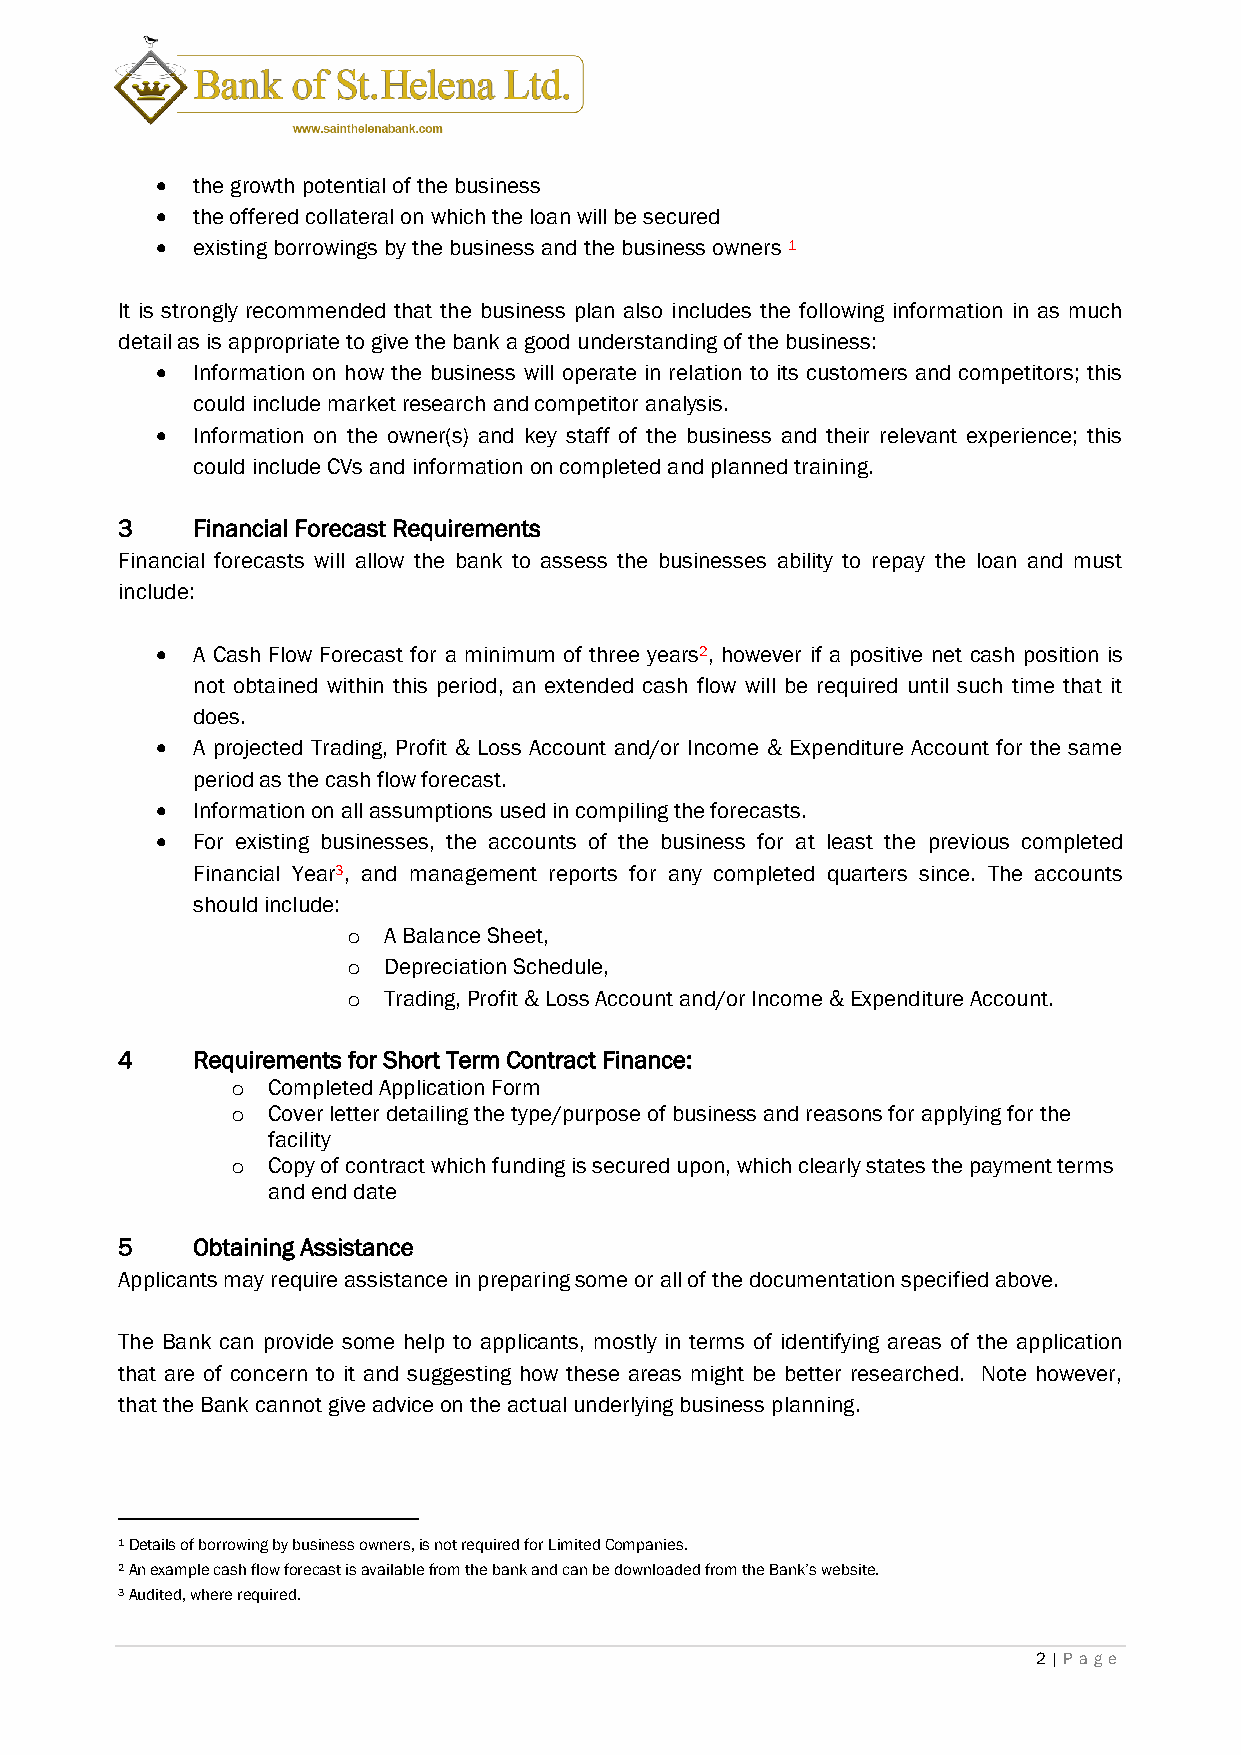
•  the growth potential of the business
 •  the offered collateral on which the loan will be secured
 •  existing borrowings by the business and the business owners 1
 It is strongly recommended that the business plan also includes the following information in as much
 detail as is appropriate to give the bank a good understanding of the business:
 •  Information on how the business will operate in relation to its customers and competitors; this
 could include market research and competitor analysis.
 •  Information on the owner(s) and key staff of the business and their relevant experience; this
 could include CVs and information on completed and planned training.
 3    Financial Forecast Requirements
 Financial forecasts will allow the bank to assess the businesses ability to repay the loan and must
 include:
 •  A Cash Flow Forecast for a minimum of three years2, however if a positive net cash position is
 not obtained within this period, an extended cash flow will be required until such time that it
 does.
 •  A projected Trading, Profit & Loss Account and/or Income & Expenditure Account for the same
 period as the cash flow forecast.
 •  Information on all assumptions used in compiling the forecasts.
 •  For existing businesses, the accounts of the business for at least the previous completed
 Financial Year3, and management reports for any completed quarters since. The accounts
 should include:
 o A Balance Sheet,
 o Depreciation Schedule,
 o Trading, Profit & Loss Account and/or Income & Expenditure Account.
 4    Requirements for Short Term Contract Finance:
 o  Completed Application Form
 o  Cover letter detailing the type/purpose of business and reasons for applying for the
 facility
 o  Copy of contract which funding is secured upon, which clearly states the payment terms
 and end date
 5    Obtaining Assistance
 Applicants may require assistance in preparing some or all of the documentation specified above.
 The Bank can provide some help to applicants, mostly in terms of identifying areas of the application
 that are of concern to it and suggesting how these areas might be better researched. Note however,
 that the Bank cannot give advice on the actual underlying business planning.
 1 Details of borrowing by business owners, is not required for Limited Companies.
 2 An example cash flow forecast is available from the bank and can be downloaded from the Bank’s website.
 3 Audited, where required.
 2 | Pag e